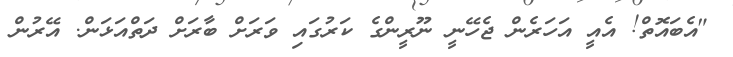
"އެބައޮތް! އެއީ އަހަރެން ޖެހޭނީ ނޫރީންގެ ކަރުގައި ވަރަށް ބާރަށް ދަތްއަޅަން. އޭރުން